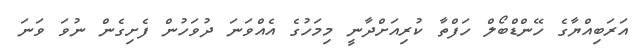
އަރަބިއްޔާގެ ހޭންޑްބޯލް ހަފްތާ ކުރިއަށްދާނީ މިމަހުގެ އެއްވަނަ ދުވަހުން ފެށިގެން ނުވަ ވަނަ